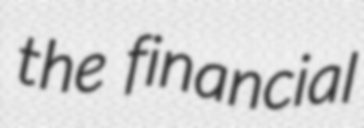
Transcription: the financial